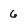
Character: 6